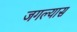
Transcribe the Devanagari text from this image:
जगल्यास